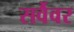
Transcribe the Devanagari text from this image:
सर्वैवर